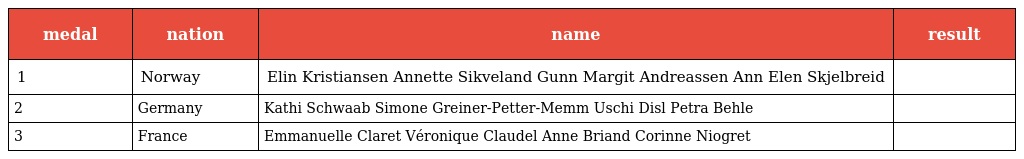
| medal | nation | name | result |
 | --- | --- | --- | --- |
 | 1 | Norway | Elin Kristiansen Annette Sikveland Gunn Margit Andreassen Ann Elen Skjelbreid |  |
 | 2 | Germany | Kathi Schwaab Simone Greiner-Petter-Memm Uschi Disl Petra Behle |  |
 | 3 | France | Emmanuelle Claret Véronique Claudel Anne Briand Corinne Niogret |  |